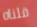
قلناه